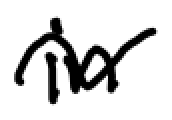
Text: in
Cross-out: wave
Writing tool: digital_black